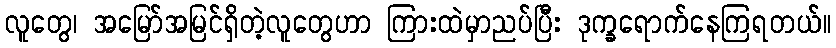
လူတွေ၊ အမြော်အမြင်ရှိတဲ့လူတွေဟာ ကြားထဲမှာညပ်ပြီး ဒုက္ခရောက်နေကြရတယ်။